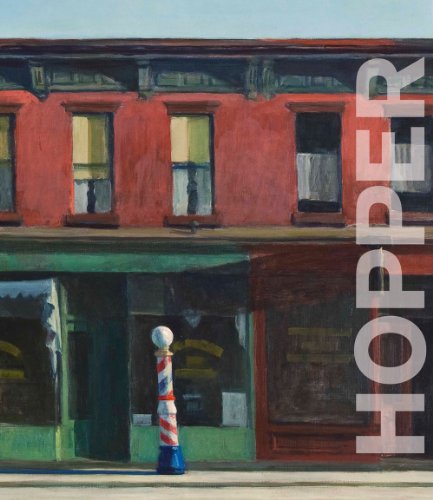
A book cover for Edward Hopper; Edward Hopper; Arts & Photography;